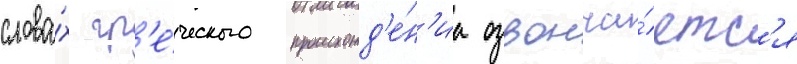
слова́х гр'е́ческого происхожд'е́н'иа озвонча́етс'я